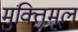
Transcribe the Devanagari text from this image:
मुक्तिमूलं